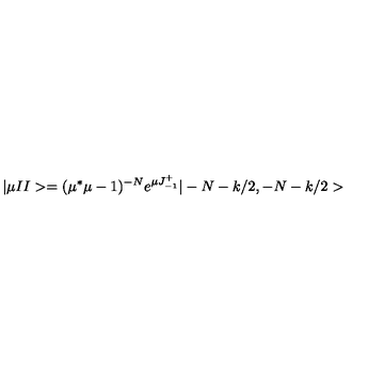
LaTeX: | \mu I I > = ( \mu ^ { * } \mu - 1 ) ^ { - N } e ^ { \mu J _ { - 1 } ^ { + } } | - N - k / 2 , - N - k / 2 >